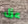
عزل